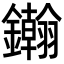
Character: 𨯪